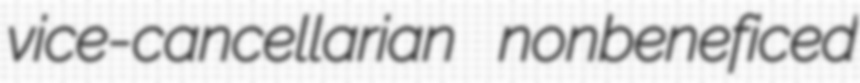
vice-cancellarian nonbeneficed